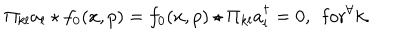
\Pi _ { k l } a _ { l } \star f _ { 0 } ( x , p ) = f _ { 0 } ( x , p ) \star \Pi _ { k l } a _ { l } ^ { \dagger } = 0 , ~ ~ \mathrm { f o r } ^ { \forall } k .